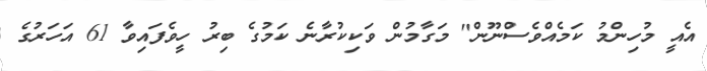
އެއީ މުހިންމު ކަމެއްވެސްނޫން" މަގާމުން ވަކިކުރާނެ ކަމުގެ ބިރު ހީވެފައިވާ 61 އަހަރުގެ